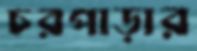
চরপাড়ার